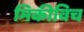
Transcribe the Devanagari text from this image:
मिकीविच